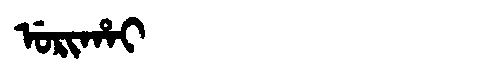
Manchu: ᡠᡵᡳᡥᠠᡳ
Romanization: URIHAI